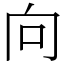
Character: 向